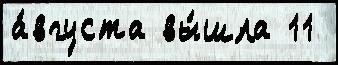
а́вгуста вы́шла 11